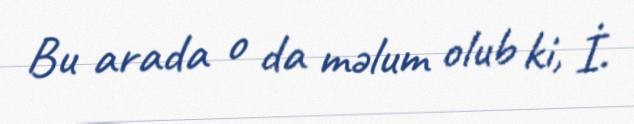
Bu arada o da məlum olub ki, İ.